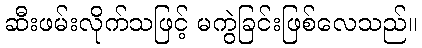
ဆီးဖမ်းလိုက်သဖြင့် မကွဲခြင်းဖြစ်လေသည်။